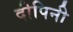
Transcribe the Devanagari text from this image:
दीपिनी